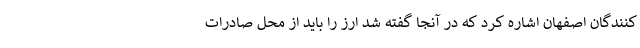
کنندگان اصفهان اشاره کرد که در آنجا گفته شد ارز را باید از محل صادرات